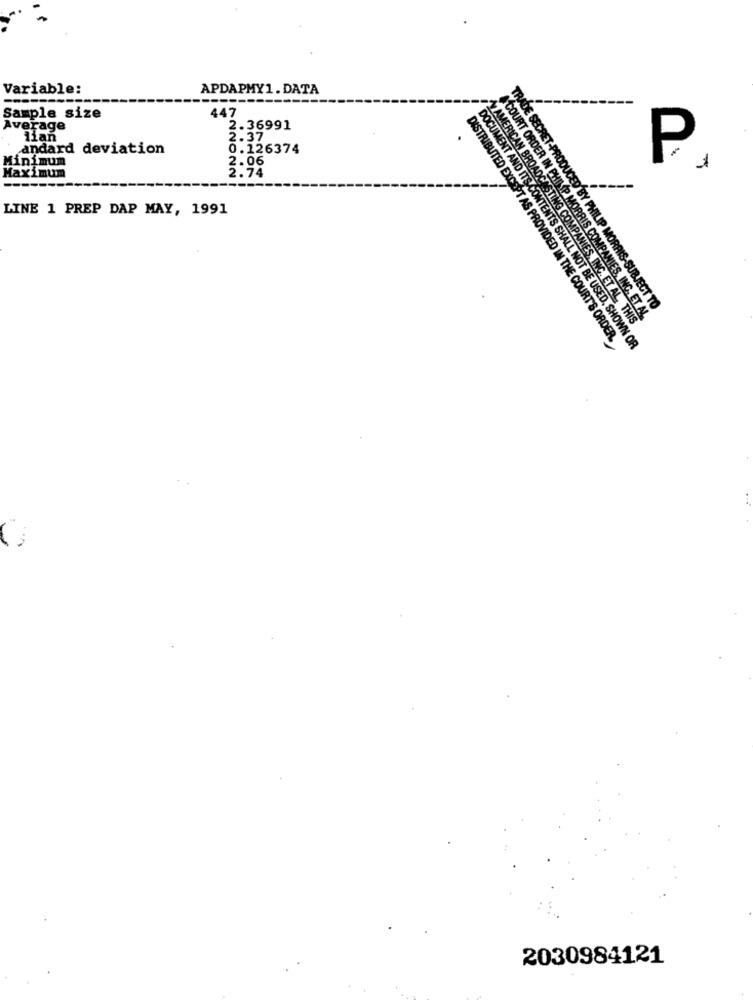
Variable:
APDAPMY1. DATA
447
Sample size
Average
2.36991
lian
2.37
andard deviation
0.126374
Minimum
2.06
P
2.74
Maximum
LINE 1 PREP DAP MAY, 1991
TRADE SECRET-PRODUCED BY PHILIP MORRIS-SUBJECT TO
N AMERICAN BROADCASTING COMPANIES, INC. ET AL. THIS
A COURT ORDER IN PHILIP MORRIS COMPANIES, INC. ET AL
DISTRIBUTED EXCEPT AS PROVIDED IN THE COURT'S ORDER.
DOCUMENT AND ITS CONTENTS SHALL NOT BE USED, SHOWN OR
2030984121